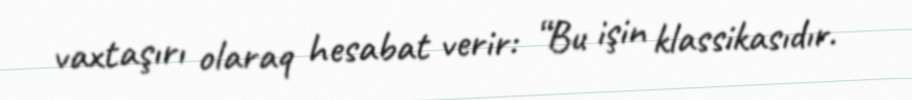
vaxtaşırı olaraq hesabat verir: “Bu işin klassikasıdır.